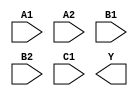
/**
 * Copyright 2020 The SkyWater PDK Authors
 *
 * Licensed under the Apache License, Version 2.0 (the "License");
 * you may not use this file except in compliance with the License.
 * You may obtain a copy of the License at
 *
 *     https://www.apache.org/licenses/LICENSE-2.0
 *
 * Unless required by applicable law or agreed to in writing, software
 * distributed under the License is distributed on an "AS IS" BASIS,
 * WITHOUT WARRANTIES OR CONDITIONS OF ANY KIND, either express or implied.
 * See the License for the specific language governing permissions and
 * limitations under the License.
 *
 * SPDX-License-Identifier: Apache-2.0
 */

`ifndef SKY130_FD_SC_LP__A221OI_SYMBOL_V
`define SKY130_FD_SC_LP__A221OI_SYMBOL_V

/**
 * a221oi: 2-input AND into first two inputs of 3-input NOR.
 *
 *         Y = !((A1 & A2) | (B1 & B2) | C1)
 *
 * Verilog stub (without power pins) for graphical symbol definition
 * generation.
 *
 * WARNING: This file is autogenerated, do not modify directly!
 */

`timescale 1ns / 1ps
`default_nettype none

(* blackbox *)
module sky130_fd_sc_lp__a221oi (
    //# {{data|Data Signals}}
    input  A1,
    input  A2,
    input  B1,
    input  B2,
    input  C1,
    output Y
);

    // Voltage supply signals
    supply1 VPWR;
    supply0 VGND;
    supply1 VPB ;
    supply0 VNB ;

endmodule

`default_nettype wire
`endif  // SKY130_FD_SC_LP__A221OI_SYMBOL_V